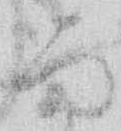
留